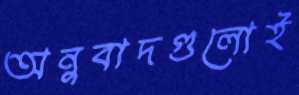
অনুবাদগুলোই